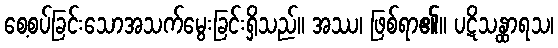
စေ့စပ်ခြင်းသောအသက်မွေးခြင်းရှိသည်။ အဿ၊ ဖြစ်ရာ၏။ ပဋိသန္ထာရသ၊